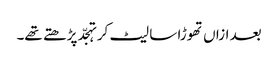
بعد ازاں تھوڑا سا لیٹ کر تہجّد پڑھتے تھے۔